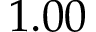
1 . 0 0